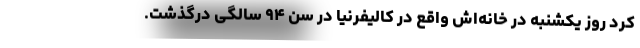
کرد روز یکشنبه در خانه‌اش واقع در کالیفرنیا در سن ۹۴ سالگی درگذشت.